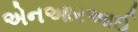
એનઆરઆઈ